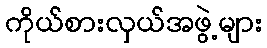
ကိုယ်စားလှယ်အဖွဲ့များ